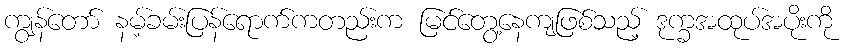
ကျွန်တော် နမ့်ခမ်းပြန်ရောက်ကတည်းက မြင်တွေ့နေကျဖြစ်သည့် ဒုက္ခအထုပ်အပိုးကို